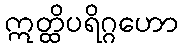
ဣတ္ထိပရိဂ္ဂဟော